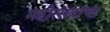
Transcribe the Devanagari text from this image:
महोत्सवांचा